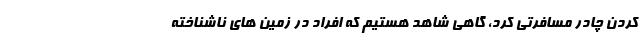
کردن چادر مسافرتی کرد، گاهی شاهد هستیم که افراد در زمین های ناشناخته